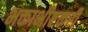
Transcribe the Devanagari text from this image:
भक्ताभीष्टकरी